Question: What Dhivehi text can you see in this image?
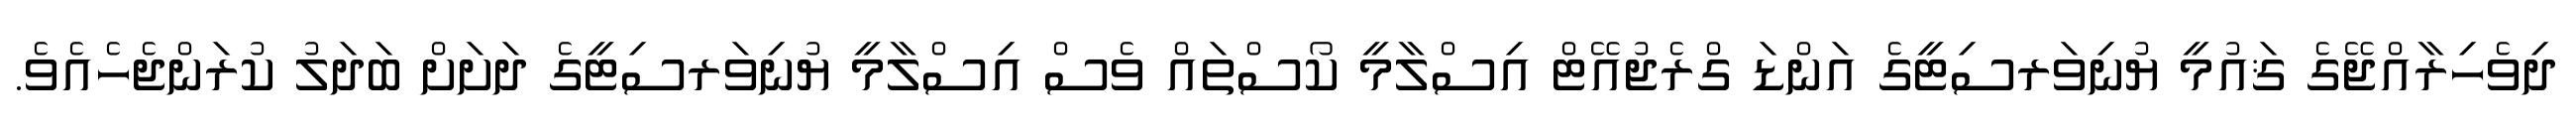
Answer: ދިވެހިރާއްޖޭގެ ޤައުމީ ޔުނިވަރސިޓީގެ އަންޑަ ގްރެޖުއޭޓް އިސްލާމީ ކޯސްތައް ވެސް އިސްލާމީ ޔުނިވަރސިޓީގެ ދަށަށް ބަދަލު ކުރަންޖެހެއެވެ.